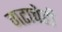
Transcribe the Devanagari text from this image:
गटाचेही